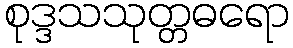
စုဒ္ဒသသုတ္တဓရော